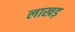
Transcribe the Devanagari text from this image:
लाखड़